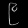
Digit: ၉